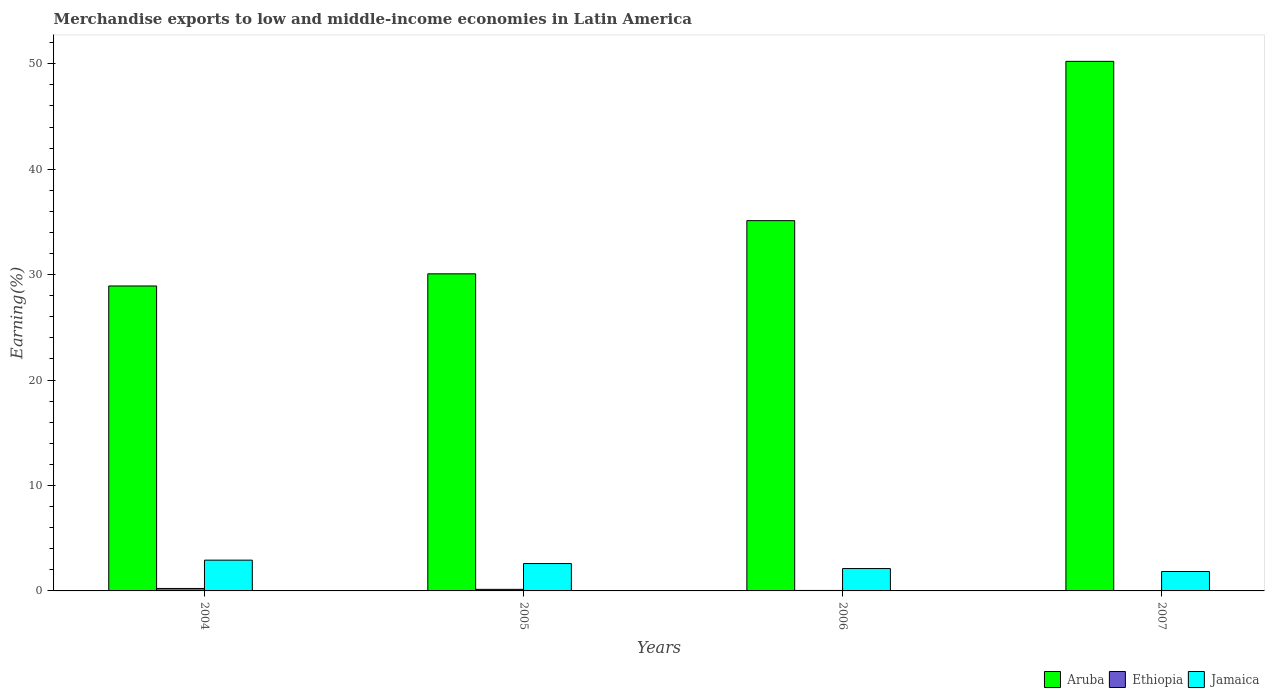
| Years | Aruba | Ethiopia | Jamaica |
 | --- | --- | --- | --- |
 | 2004 | 28.9 | 0.233 | 2.92 |
 | 2005 | 30.1 | 0.149 | 2.6 |
 | 2006 | 35.1 | 0.0453 | 2.12 |
 | 2007 | 50.2 | 0.0231 | 1.84 |